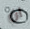
ان